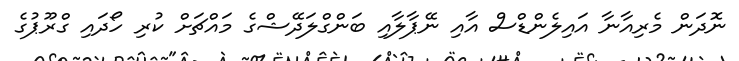
ނޮދަން މެރިއާނާ އައިލެންޑްސް އާއި ނޭޕާލާއި ބަންގްލަދޭޝްގެ މައްޗަށް ކުރި ހޯދައި ގްރޫޕުގެ